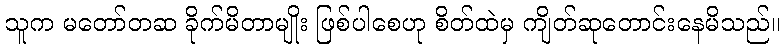
သူက မတော်တဆ ခိုက်မိတာမျိုး ဖြစ်ပါစေဟု စိတ်ထဲမှ ကျိတ်ဆုတောင်းနေမိသည်။